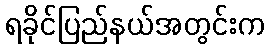
ရခိုင်ပြည်နယ်အတွင်းက